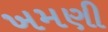
ખમણી